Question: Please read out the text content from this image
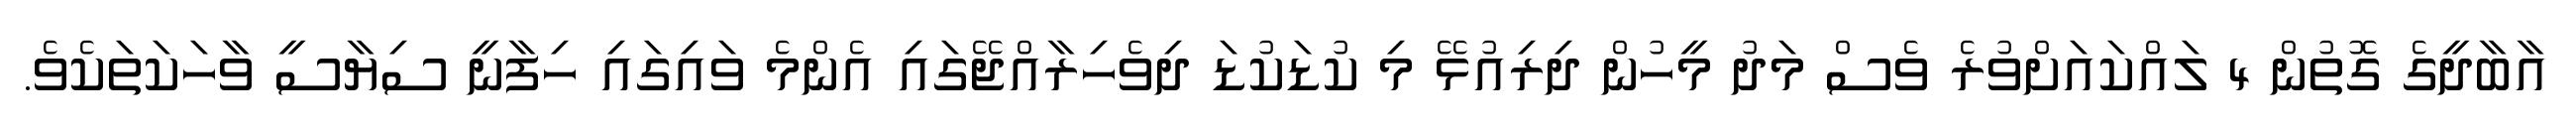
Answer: އާބާދީގެ ގޮތުން 4 ލައްކައަށްވުރެ ވެސް މަދު މީހުން ދިރިއުޅޭ މި ކުޑަކުޑަ ދިވެހިރާއްޖޭގައި އެންމެ ވައިގައި ހިފާނީ ސިޔާސީ ވާހަކަތަކެވެ.